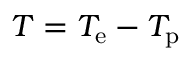
T = T _ { \mathrm { e } } - T _ { \mathrm { p } }